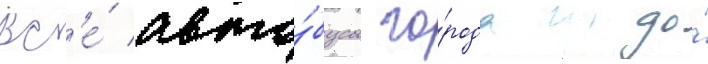
Вс'е́ авто́бусы го́рода до́